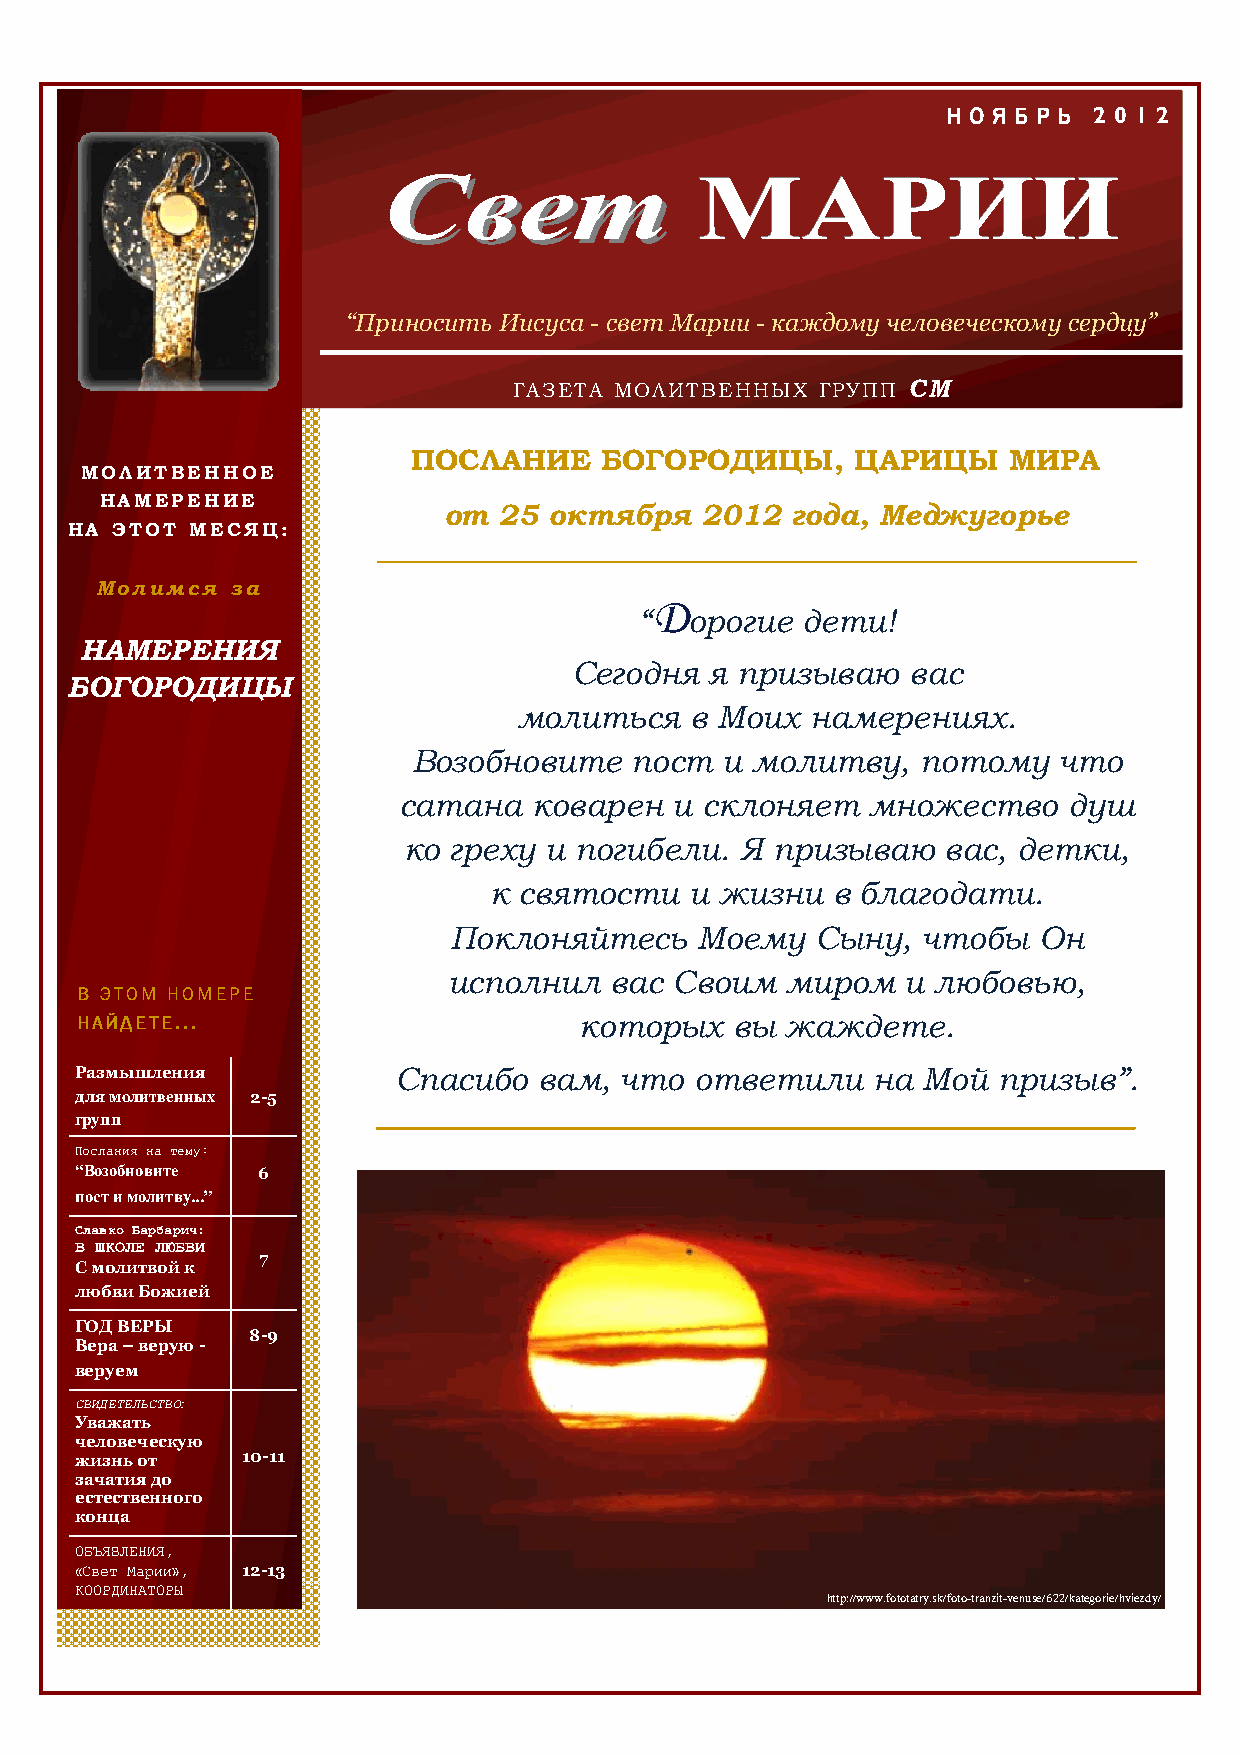
НННН ОООО ЯЯЯЯ ББББ РРРР ЬЬЬЬ 2 0 1 2
 ССввеетт
 МММАААРРРИИИИИИ
 “Приносить Иисуса - свет Марии - каждому человеческому сердцу”
 ГАЗЕТА МОЛИТВЕННЫХ  ГРУПП СМ
 ПОСЛАНИЕ     БОГОРОДИЦЫ,      ЦАРИЦЫ    МИРА
 МОЛИТВЕННОЕ
 НАМЕРЕНИЕ
 от  25 октября   2012  года, Меджугорье
 НА ЭТОТ  МЕСЯЦ:
 Молимся  за                          ДДДД
 “   орогие дети!
 НАМЕРЕНИЯ
 Сегодня  я призываю   вас
 БОГОРОДИЦЫ
 молиться    в Моих  намерениях.
 Возобновите    пост  и молитву,   потому   что
 сатана   коварен   и склоняет   множество    душ
 ко греху и погибели.  Я призываю    вас, детки,
 к святости    и жизни  в благодати.
 Поклоняйтесь    Моему   Сыну,  чтобы   Он
 исполнил  вас  Своим  миром   и любовью,
 ВВВВ ЭЭЭЭТТТТООООММММ ННННООООММММЕЕЕЕРРРРЕЕЕЕ
 ННННААААЙЙЙЙДДДДЕЕЕЕТТТТЕЕЕЕ...  которых    вы жаждете.
 Размышления          Спасибо   вам, что  ответили    на Мой  призыв”.
 для молитвенных 2-5
 групп
 Послания на тему:
 “Возобновите 6
 пост и молитву...”
 Славко Барбарич:
 В ШКОЛЕ ЛЮБВИ
 7
 С молитвой к
 любви Божией
 ГОД ВЕРЫ
 8-9
 Вера – верую -
 веруем
 СВИДЕТЕЛЬСТВО:
 Уважать
 человеческую
 жизнь от   10-11
 зачатия до
 естественного
 конца
 ОБЪЯВЛЕНИЯ,
 «Свет Марии», 12-13
 КООРДИНАТОРЫ
 http://www.fototatry.sk/foto-tranzit-venuse/622/kategorie/hviezdy/